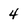
Character: 4